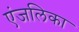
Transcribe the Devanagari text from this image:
एंजलिका